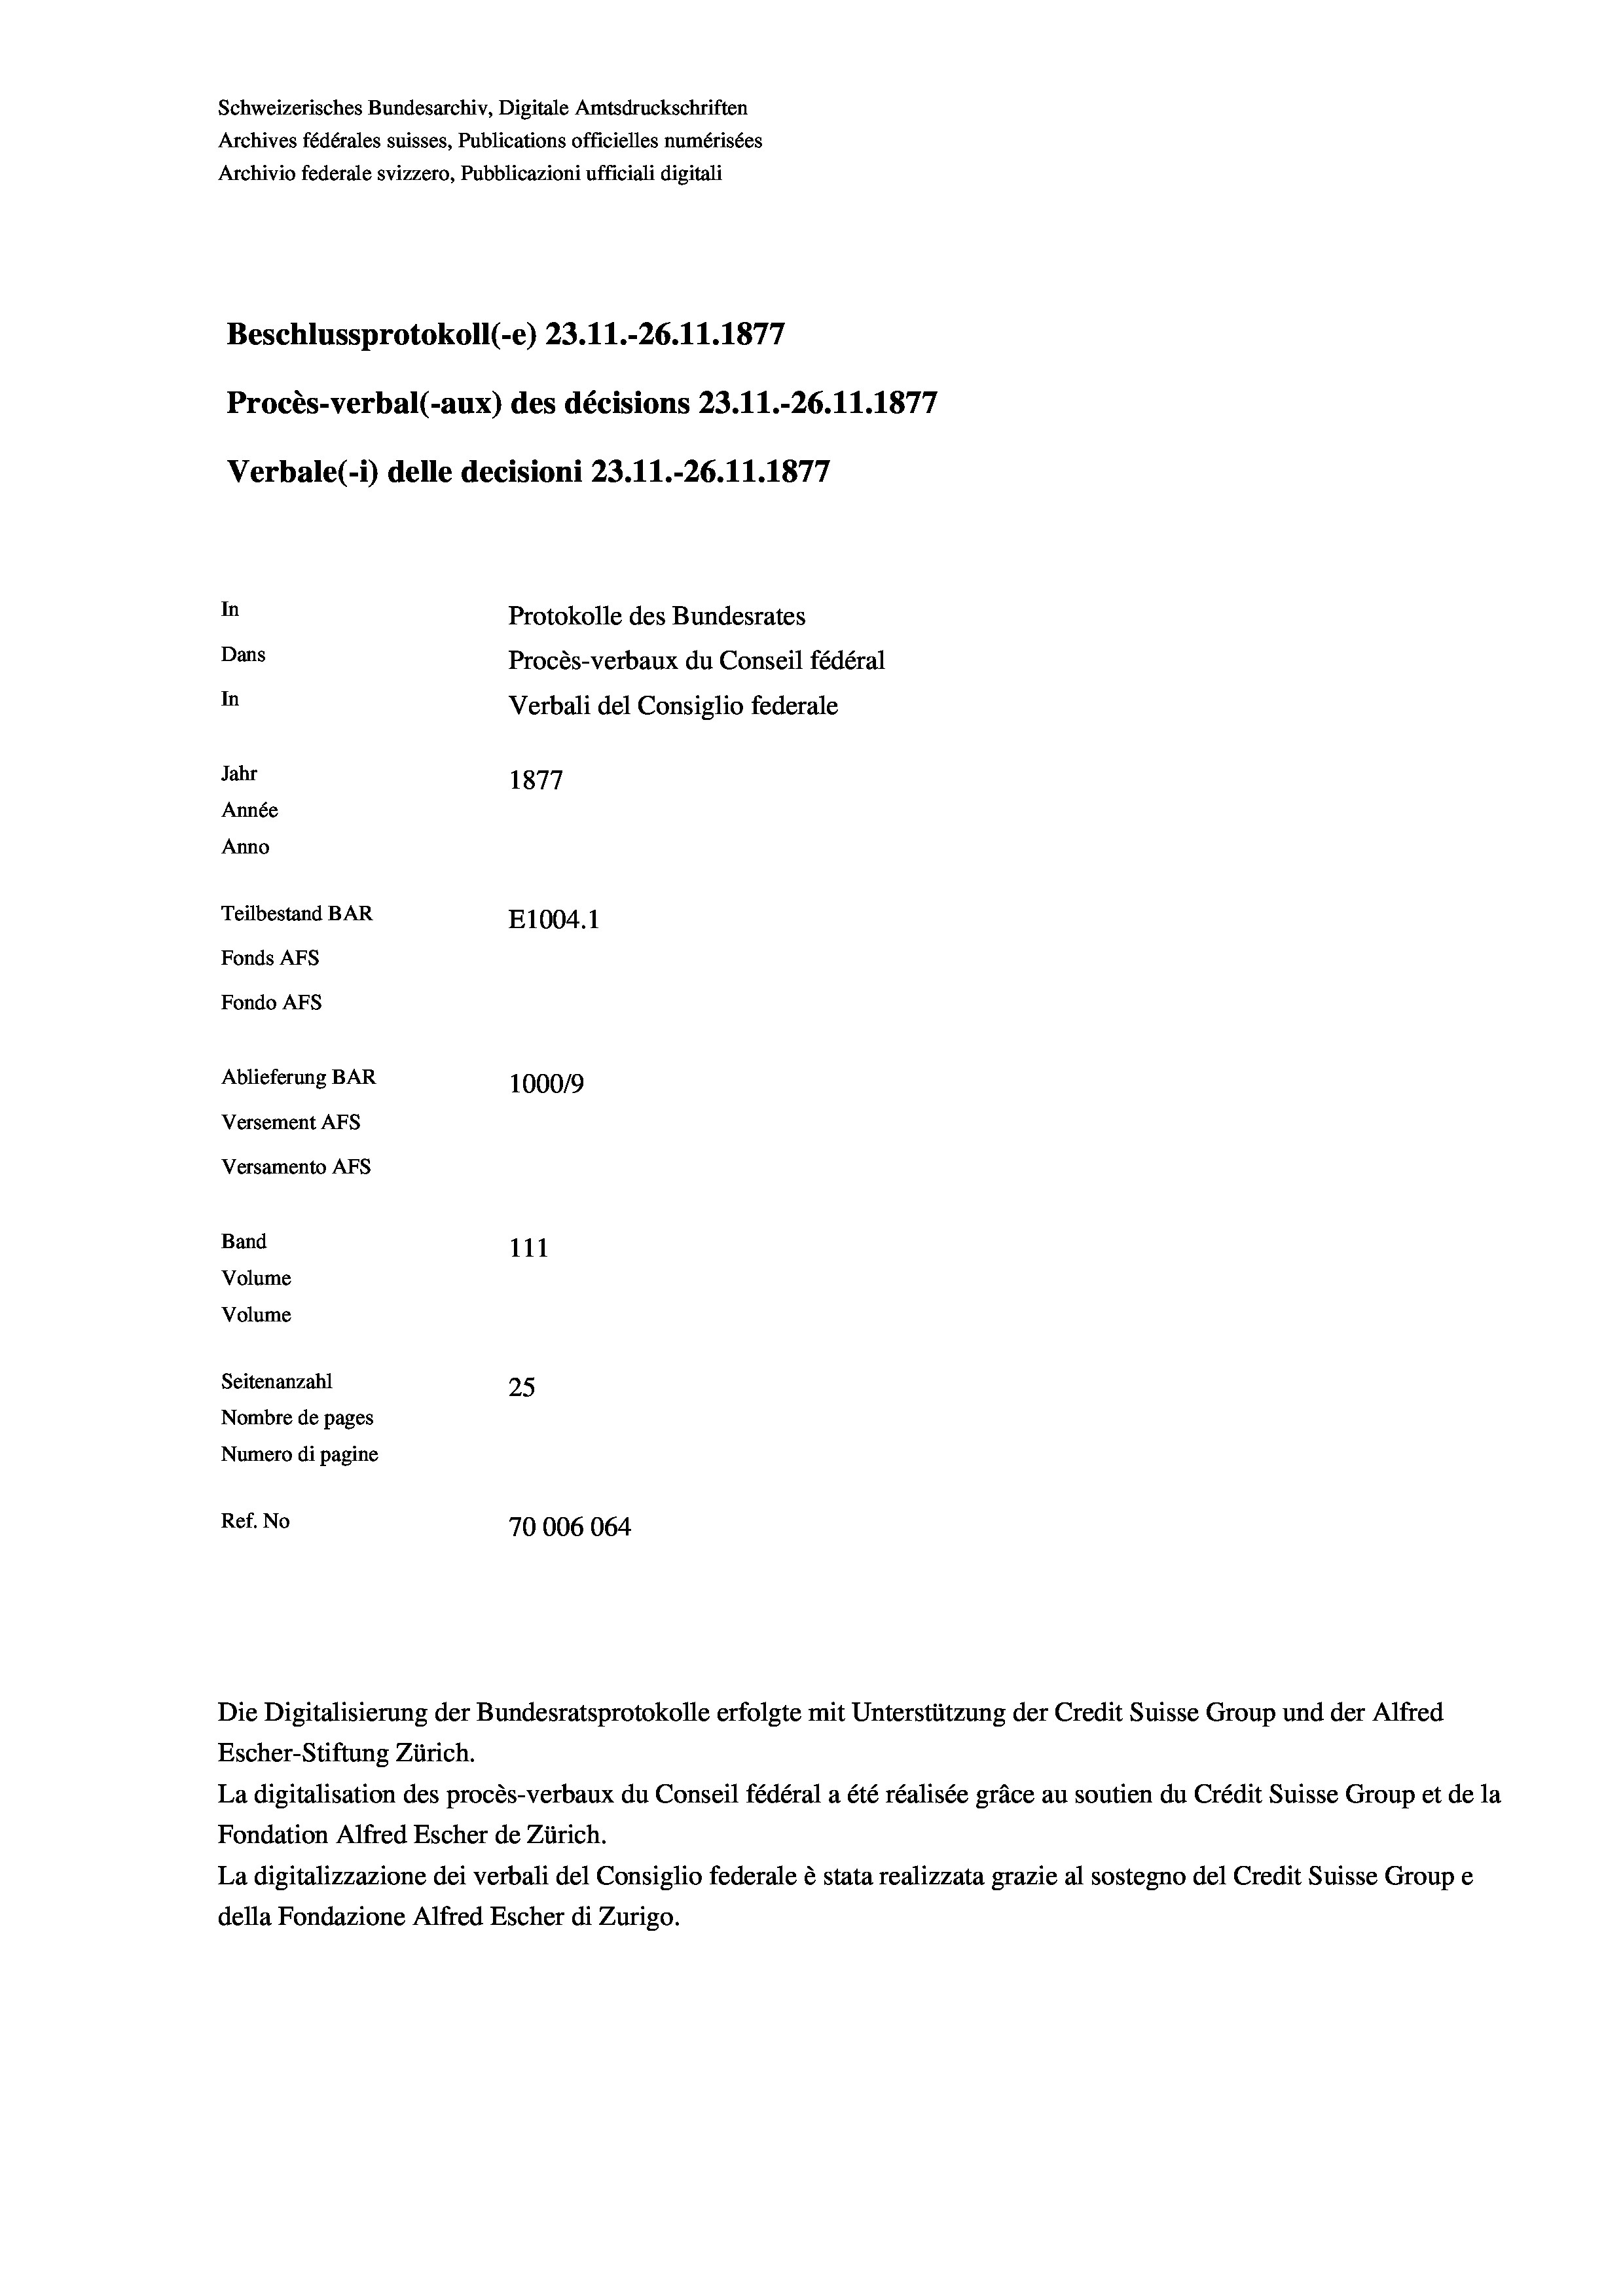
Schweizerisches Bundesarchiv, Digitale Amtsdruckschriften
Archives fédérales suisses, Publications officielles numérisées
Archivio federale svizzero, Pubblicazioni ufficiali digitali
Beschlussprotokoll (-e) 23.11.-26.11.1877
Procès-verbal (-aux) des décisions 23.11.-26.11.1877
Verbale(*) delle decisioni 23.11.-26.11.1877
In
Protokolle des Bundesrates
Dans
Procès-verbaux du Conseil fédéral
In
Verbali del Consiglio federale
Jahr
1877
Année
Anno
Teilbestand BAR
E1004.1
Fonds AFs
Fondo AFs
Ablieferung BAR
100019
Versement As
Versamento Afs
Band
111
Volume
Volume
Seitenanzahl
25
Nombre de pages
Numero di pagine
Ref. No
70006064

Escher-Stiftung Zürich.
La digitalisation des procès-verbaux du Conseil fédéral a été réalisée gräce au soutien du Crédit Suisse Group et de la
Fondation Alfred Escher de Zürich.
La digitalizzazione dei verbali del Consiglio federale è stata realizzata grazie al sostegno del Credit Suisse Groupe
della Fondazione Alfred Escher di Zurigo.

Die Digitalisierung der Bundesratsprotokolle erfolgte mit Unterstützung der Credit Suisse Group und der Alfred